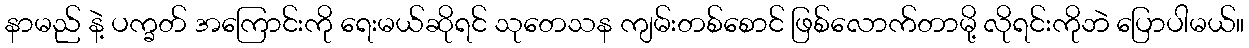
နာမည် နဲ့ ပက္ခတ် အကြောင်းကို ရေးမယ်ဆိုရင် သုတေသန ကျမ်းတစ်စောင် ဖြစ်လောက်တာမို့ လိုရင်းကိုဘဲ ပြောပါမယ်။